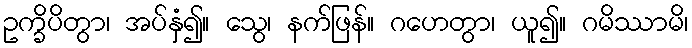
ဥက္ခိပိတွာ၊ အပ်နှံ၍။ သွေ၊ နက်ဖြန်။ ဂဟေတွာ၊ ယူ၍။ ဂမိဿာမိ၊